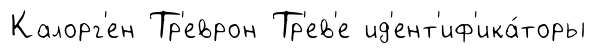
Калорг'ен Тр'еврон Тр'ев'е ид'ент'иф'ика́торы